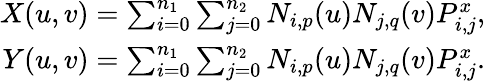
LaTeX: \begin{array}{r}{X(u,v)=\sum_{i=0}^{n_{1}}\sum_{j=0}^{n_{2}}N_{i,p}(u)N_{j,q}(v)P_{i,j}^{x},}\\ {Y(u,v)=\sum_{i=0}^{n_{1}}\sum_{j=0}^{n_{2}}N_{i,p}(u)N_{j,q}(v)P_{i,j}^{x}.}\end{array}